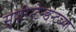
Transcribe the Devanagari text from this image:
सुपरिन्टेन्डन्टच्या